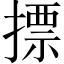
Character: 摽